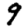
Digit: 9